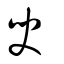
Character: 臾